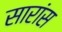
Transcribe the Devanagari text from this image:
सारांस